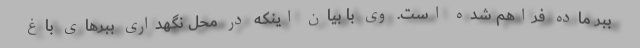
ببر ماده فراهم شده است. وی با بیان اینکه در محل نگهداری ببرهای باغ‌